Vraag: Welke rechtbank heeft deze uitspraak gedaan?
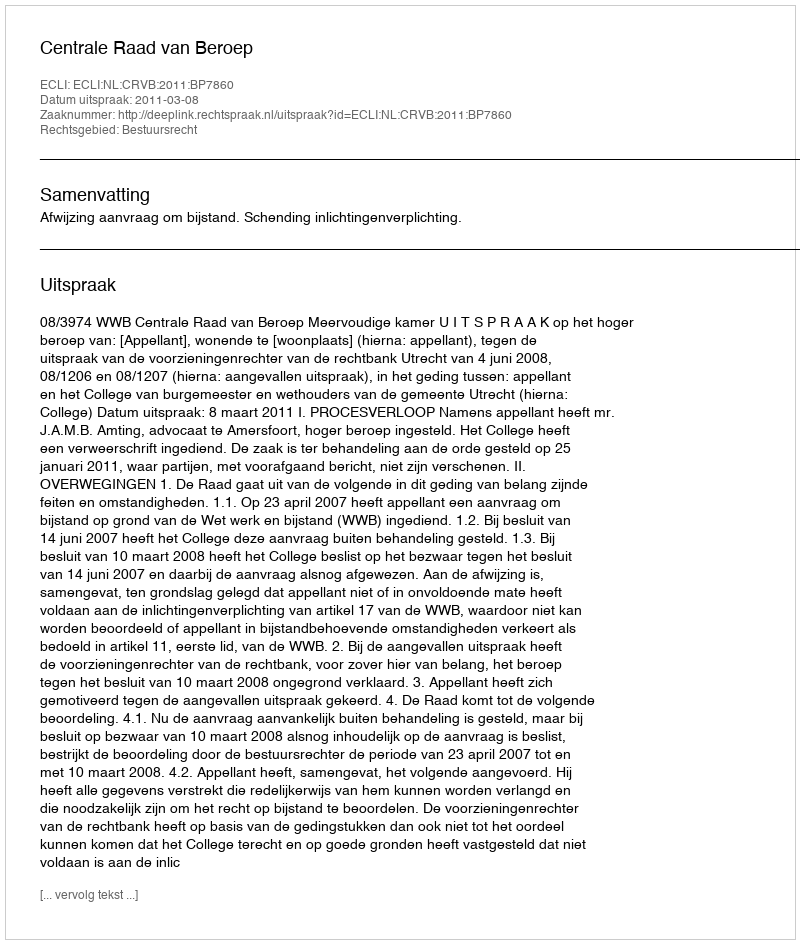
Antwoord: Centrale Raad van Beroep